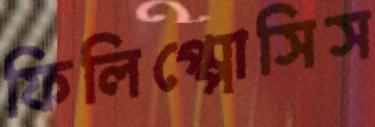
ফিলিপ্পোসিস